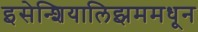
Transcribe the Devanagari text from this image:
इसेन्शियालिझममधून